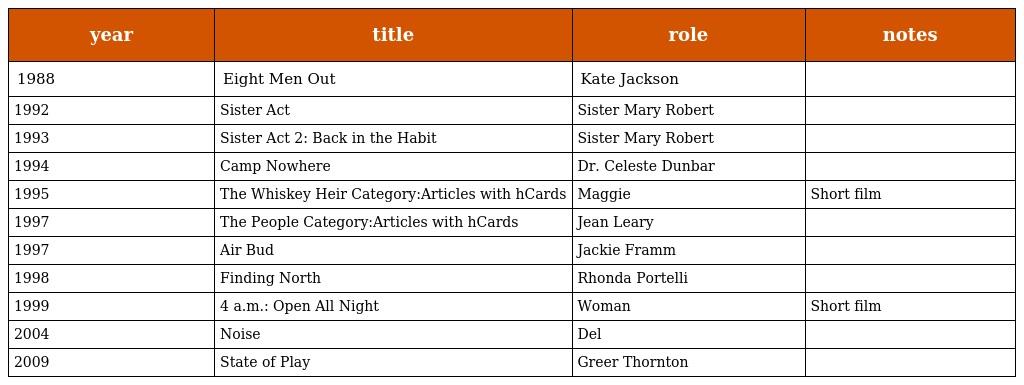
| year | title | role | notes |
 | --- | --- | --- | --- |
 | 1988 | Eight Men Out | Kate Jackson |  |
 | 1992 | Sister Act | Sister Mary Robert |  |
 | 1993 | Sister Act 2: Back in the Habit | Sister Mary Robert |  |
 | 1994 | Camp Nowhere | Dr. Celeste Dunbar |  |
 | 1995 | The Whiskey Heir Category:Articles with hCards | Maggie | Short film |
 | 1997 | The People Category:Articles with hCards | Jean Leary |  |
 | 1997 | Air Bud | Jackie Framm |  |
 | 1998 | Finding North | Rhonda Portelli |  |
 | 1999 | 4 a.m.: Open All Night | Woman | Short film |
 | 2004 | Noise | Del |  |
 | 2009 | State of Play | Greer Thornton |  |